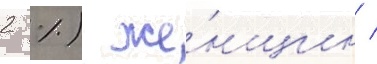
2 %) же́нщин /